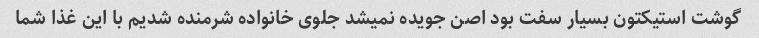
گوشت استیکتون بسیار سفت بود اصن جویده نمیشد جلوی خانواده شرمنده شدیم با این غذا شما